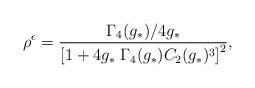
LaTeX: \begin{align*}\rho^{\epsilon}=\frac{\Gamma_4(g_*)/4g_*}{\left[ 1+4g_*\;\Gamma_4(g_*)C_2(g_*)^3\right]^2},\end{align*}